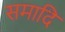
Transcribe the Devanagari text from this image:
समादि